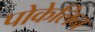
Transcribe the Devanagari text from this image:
पोकेलिन